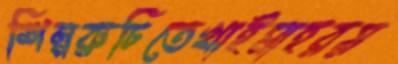
শিল্পরুচিতেখাইমাহরয়